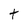
Character: t